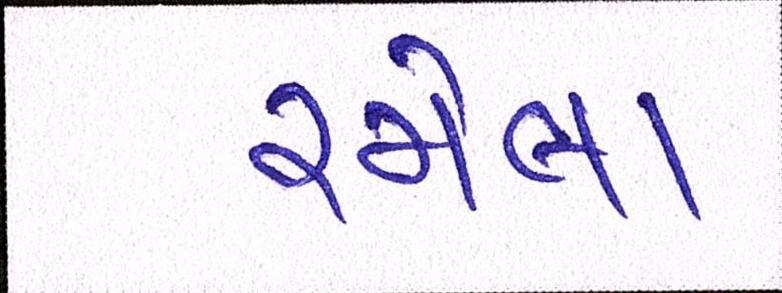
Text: રમેલા